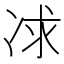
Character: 𠗈